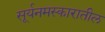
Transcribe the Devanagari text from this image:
सूर्यनमस्कारातील